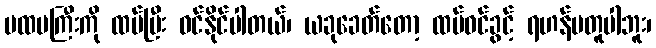
ပထမကြီးကို ထပ်ပြီး ဝင်နိုင်ပါတယ်၊ ယခုခေတ်တော့ ထပ်ဝင်ခွင့် ရဟန်မတူပါဘူး၊